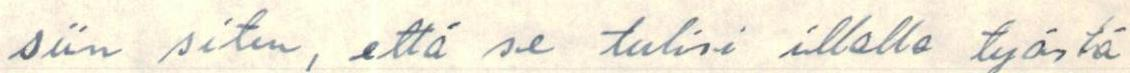
siin siten, että se tulisi illalla työstä